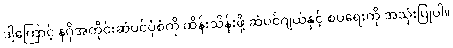
ဒါ့ကြောင့် နဂိုအတိုင်းဆံပင်ပုံစံကို ထိန်းသိန်းဖို့ ဆံပင်ဂျယ်နှင့် စပရေးကို အသုံးပြုပါ။